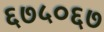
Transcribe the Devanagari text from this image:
६७५०६७